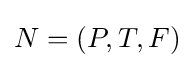
N=(P,T,F)